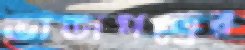
ভাজপত্রের